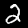
Label: 2